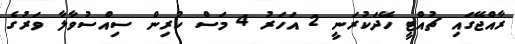
ރާއްޖޭގައި ޗުއްޓީ ހޭދަކުރަނީ 2 އަހަރު 4 މަސް ކުރިން ސިއްސުވާލާ ވަރުގެ